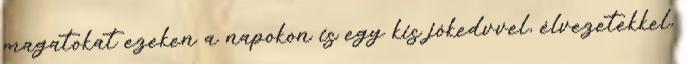
magatokat ezeken a napokon is egy kis jókedvvel, élvezetekkel,